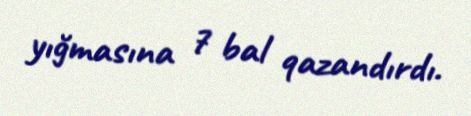
yığmasına 7 bal qazandırdı.